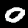
Label: 0